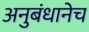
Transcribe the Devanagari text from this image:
अनुबंधानेच